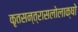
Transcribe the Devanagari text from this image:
कृतसन्त्रासलोलाक्षो